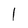
Character: 1